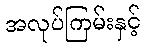
အလုပ်ကြမ်းနှင့်